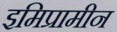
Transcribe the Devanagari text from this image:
इमिप्रामीन